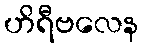
ဟိရီဗလေန